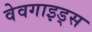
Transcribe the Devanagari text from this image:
वेवगाइड्स